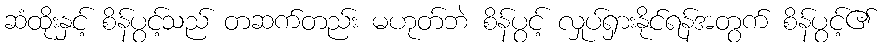
ဆံထိုးနှင့် စိန်ပွင့်သည် တဆက်တည်း မဟုတ်ဘဲ စိန်ပွင့် လှုပ်ရှားနိုင်ရန်အတွက် စိန်ပွင့်၏